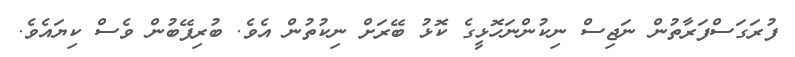
ފުރަގަސްފަރާތުން ނަޖިސް ނިކުންނަހޮޅީގެ ކޮޅު ބޭރަށް ނިކުތުން އެވެ. ބުރިފޭބުން ވެސް ކިޔައެވެ.